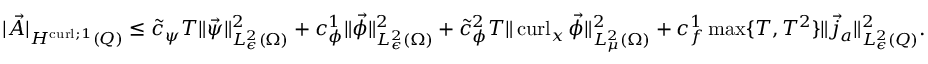
\begin{array} { r } { | \vec { A } | _ { H ^ { \operatorname { c u r l } ; 1 } ( Q ) } \leq \tilde { c } _ { \psi } T \| \vec { \psi } \| _ { L _ { \epsilon } ^ { 2 } ( { \Omega } ) } ^ { 2 } + c _ { \phi } ^ { 1 } \| \vec { \phi } \| _ { L _ { \epsilon } ^ { 2 } ( { \Omega } ) } ^ { 2 } + \tilde { c } _ { \phi } ^ { 2 } T \| \operatorname { c u r l } _ { x } \vec { \phi } \| _ { L _ { \mu } ^ { 2 } ( { \Omega } ) } ^ { 2 } + c _ { f } ^ { 1 } \operatorname* { m a x } \{ T , T ^ { 2 } \} \| \vec { j } _ { a } \| _ { L _ { \epsilon } ^ { 2 } ( { Q } ) } ^ { 2 } . } \end{array}